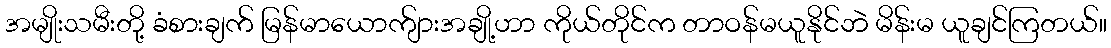
အမျိုးသမီးတို့ ခံစားချက် မြန်မာယောက်ျားအချို့ဟာ ကိုယ်တိုင်က တာဝန်မယူနိုင်ဘဲ မိန်းမ ယူချင်ကြတယ်။